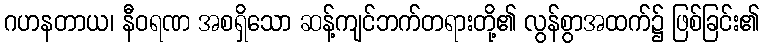
ဂဟနတာယ၊ နီဝရဏ အစရှိသော ဆန့်ကျင်ဘက်တရားတို့၏ လွန်စွာအထက်၌ ဖြစ်ခြင်း၏